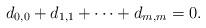
LaTeX: \begin{align*} d_{0,0}+d_{1,1}+\cdots+d_{m,m}=0.\end{align*}